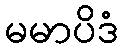
မမာပိဒံ